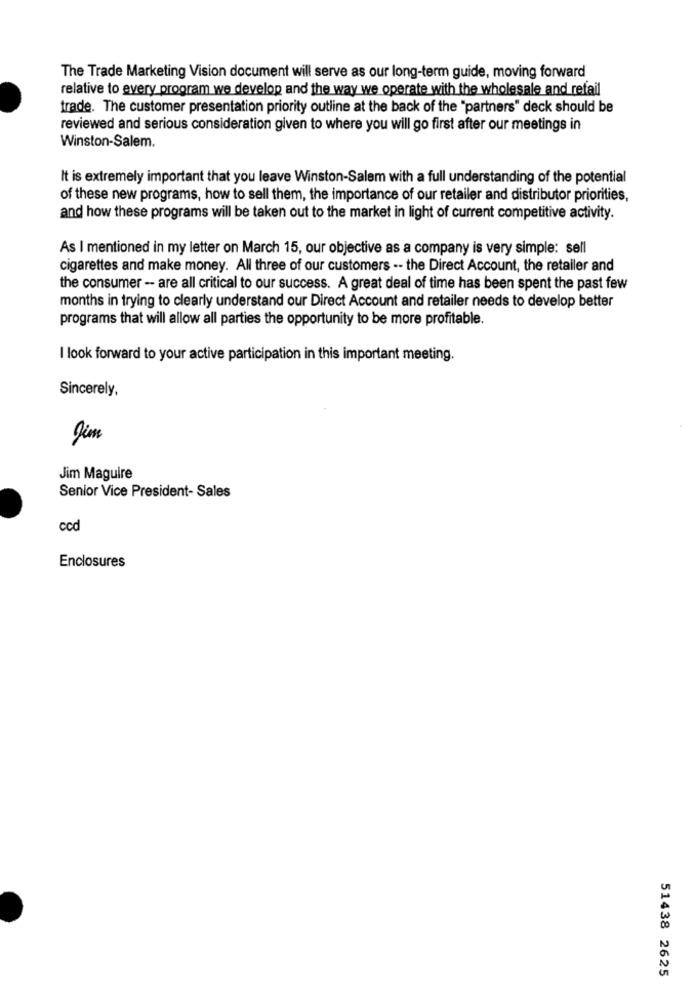
The Trade Marketing Vision document will serve as our long-term guide, moving forward
relative to every program we develop and the way we operate with the wholesale and refail
trade. The customer presentation priority outline at the back of the "partners" deck should be
reviewed and serious consideration given to where you will go first after our meetings in
Winston-Salem.
It is extremely important that you leave Winston-Salem with a full understanding of the potential
of these new programs, how to sell them, the importance of our retailer and distributor priorities,
and how these programs will be taken out to the market in light of current competitive activity.
As I mentioned in my letter on March 15, our objective as a company is very simple: sell
cigarettes and make money. All three of our customers -- the Direct Account, the retailer and
the consumer -- are all critical to our success. A great deal of time has been spent the past few
months in trying to clearly understand our Direct Account and retailer needs to develop better
programs that will allow all parties the opportunity to be more profitable.
I look forward to your active participation in this important meeting.
Sincerely,
Jim
Jim Maguire
Senior Vice President- Sales
ccd
Enclosures
51438 2625